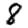
Digit: 8